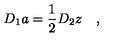
D _ { 1 } a = \frac 1 2 D _ { 2 } z \quad ,